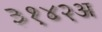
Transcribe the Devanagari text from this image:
३१४२अ